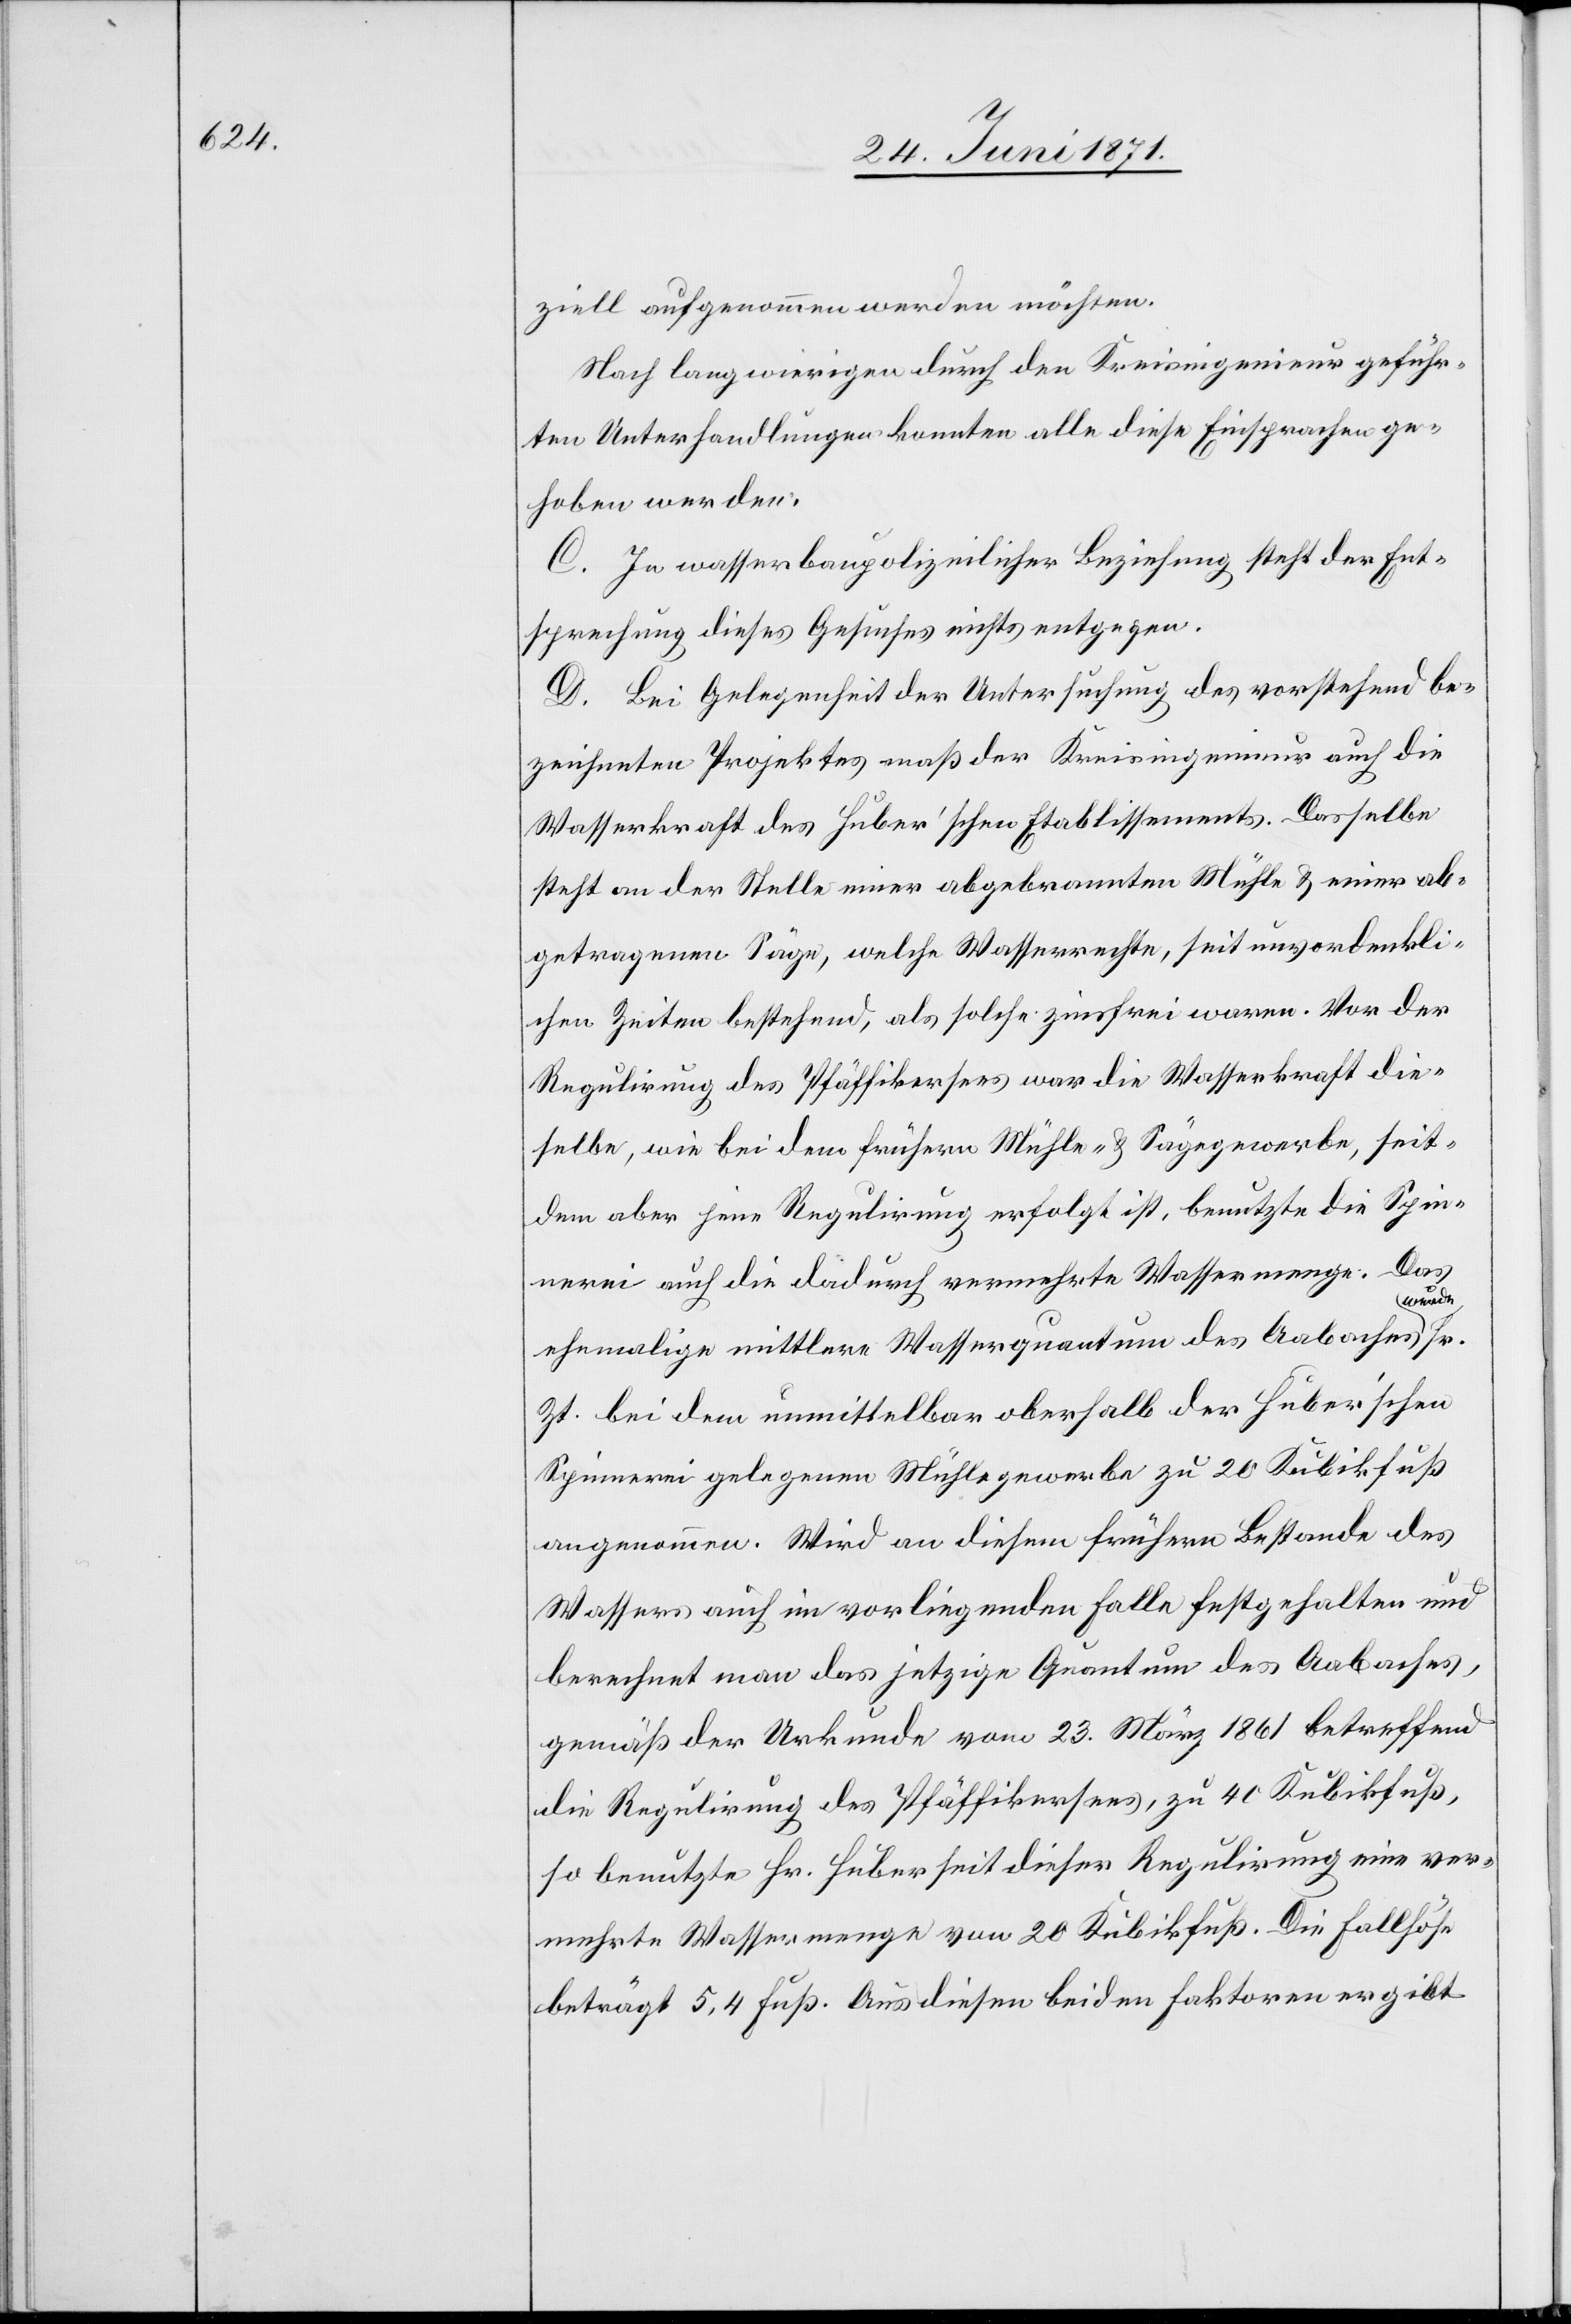
ziell aufgenommen werden möchten.
Nach langwirrigen durch den Kreisingenieur geführ¬
ten Unterhandlungen konnten alle diese Einsprachen ge¬
hoben werden.
C. In wasserbaupolizeilicher Beziehung steht der Ent¬
sprechung dieses Gesuches nichts entgegen.
D. Bei Gelegenheit der Untersuchung des vorstehend be¬
zeichneten Projektes maß der Kreisingenieur auch die
Wasserkraft des Huber’schen Etablissements. Dasselbe
steht an der Stelle einer abgebrannten Mühle u. einer ab¬
getragenen Säge, welche Wasserrechte, seit unvordenkli¬
chen Zeiten bestehen, als solche zinsfrei waren. Vor der
Regulirung des Pfäffikersees war die Wasserkraft die¬
selbe, wie bei dem frühern Mühle- u. Sägegewerbe, seit¬
dem aber jene Regulirung erfolgt ist, benutzte die Spin¬
nerei auch die dadurch vermehrte Wassermenge. Das
ehemalige mittlere Wasserquantum des Aabaches wurde
Zt. bei dem unmittelbar oberhalb der Huber’schen
Spinnerei gelegenen Mühlegewerbe zu 20 Kubikfuß
angenommen. Wird an diesem frühern Bestande des
Wassers auch im vorliegenden Falle festgehalten und
berechnet man das jetzige Quantum des Aabaches,
gemäß der Urkunde vom 23. März 1861 betreffend
die Regulirung des Pfäffikersees, zu 40 Kubikfuß,
so benutzte Hr. Huber seit dieser Regulirung eine ver¬
mehrte Wassermenge von 20 Kubikfuß. Die Fallhöhe
beträgt 5,4 Fuß. Aus diesen beiden Faktoren ergibt